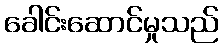
ခေါင်းဆောင်မှုသည်